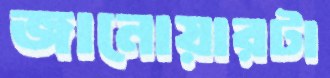
জানোয়ারটা